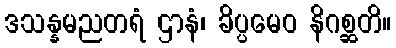
ဒသန္နမညတရံ ဌာနံ၊ ခိပ္ပမေဝ နိဂစ္ဆတိ။